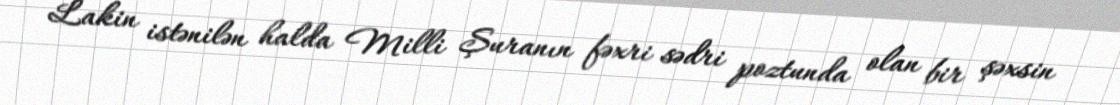
Lakin istənilən halda Milli Şuranın fəxri sədri poztunda olan bir şəxsin